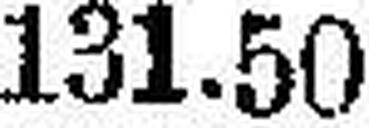
131.50